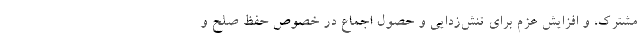
مشترک، و افزایش عزم برای تنش‌زدایی و حصول اجماع در خصوص حفظ صلح و